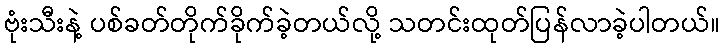
ဗုံးသီးနဲ့ ပစ်ခတ်တိုက်ခိုက်ခဲ့တယ်လို့ သတင်းထုတ်ပြန်လာခဲ့ပါတယ်။